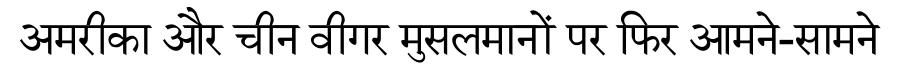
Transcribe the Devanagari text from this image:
अमरीका और चीन वीगर मुसलमानों पर फिर आमने-सामने